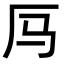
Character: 𪠃